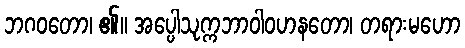
ဘဂဝတော၊ ၏။ အပ္ပေါသုက္ကဘာဝါဝဟနတော၊ တရားမဟော